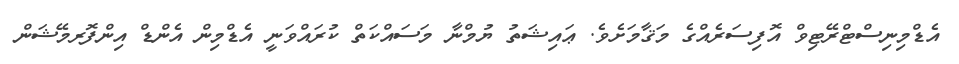
އެޑްމިނިސްޓްރޭޓިވް އޮފިސަރެއްގެ މަޤާމަށެވެ. ޢައިޝަތު ޔުމްނާ މަސައްކަތް ކުރައްވަނީ އެޑްމިން އެންޑް އިންފޮރމޭޝަން